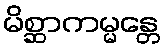
မိစ္ဆာကမ္မန္တေ